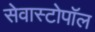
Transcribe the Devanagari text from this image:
सेवास्टोपॉल